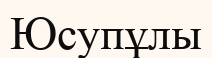
Юсупұлы